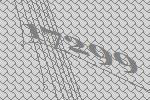
17299